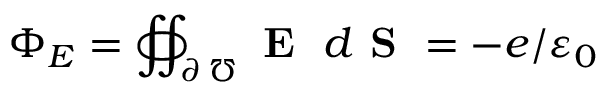
\Phi _ { E } = \oiint _ { \partial \, \mho } \textbf { E } \; d \textbf { S } = - e / \varepsilon _ { 0 }